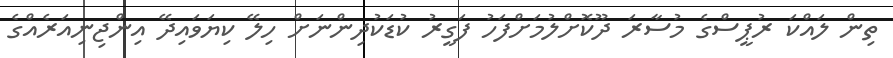
ތިން ލައްކަ ރުޕީސްގެ މުސާރަ ދޫކޮށްލުމަށްފަހު ފަގީރު ކުޑަކުދިންނަށް ހިލޭ ކިޔަވައިދޭ އިންޖިނިއަރެއްގެ